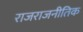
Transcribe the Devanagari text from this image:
राजराजनीतिक